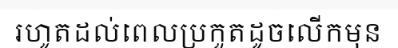
រហូតដល់ពេលប្រកួតដូចលើកមុន